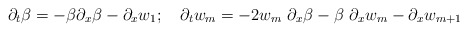
\begin{align*}\partial_t \beta = -\beta\partial_x\beta - \partial_x w_1;~~~\partial_t w_m = -2w_m~\partial_x\beta - \beta~\partial_x w_m - \partial_x w_{m+1}\end{align*}